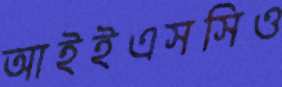
আইইএসসিও